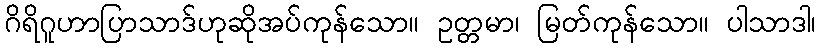
ဂိရိဂူဟာပြာသာဒ်ဟုဆိုအပ်ကုန်သော။ ဥတ္တမာ၊ မြတ်ကုန်သော။ ပါသာဒါ၊